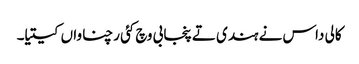
کالی داس نے ہندی تے پنجابی وچ کئی رچناواں کیتیا۔